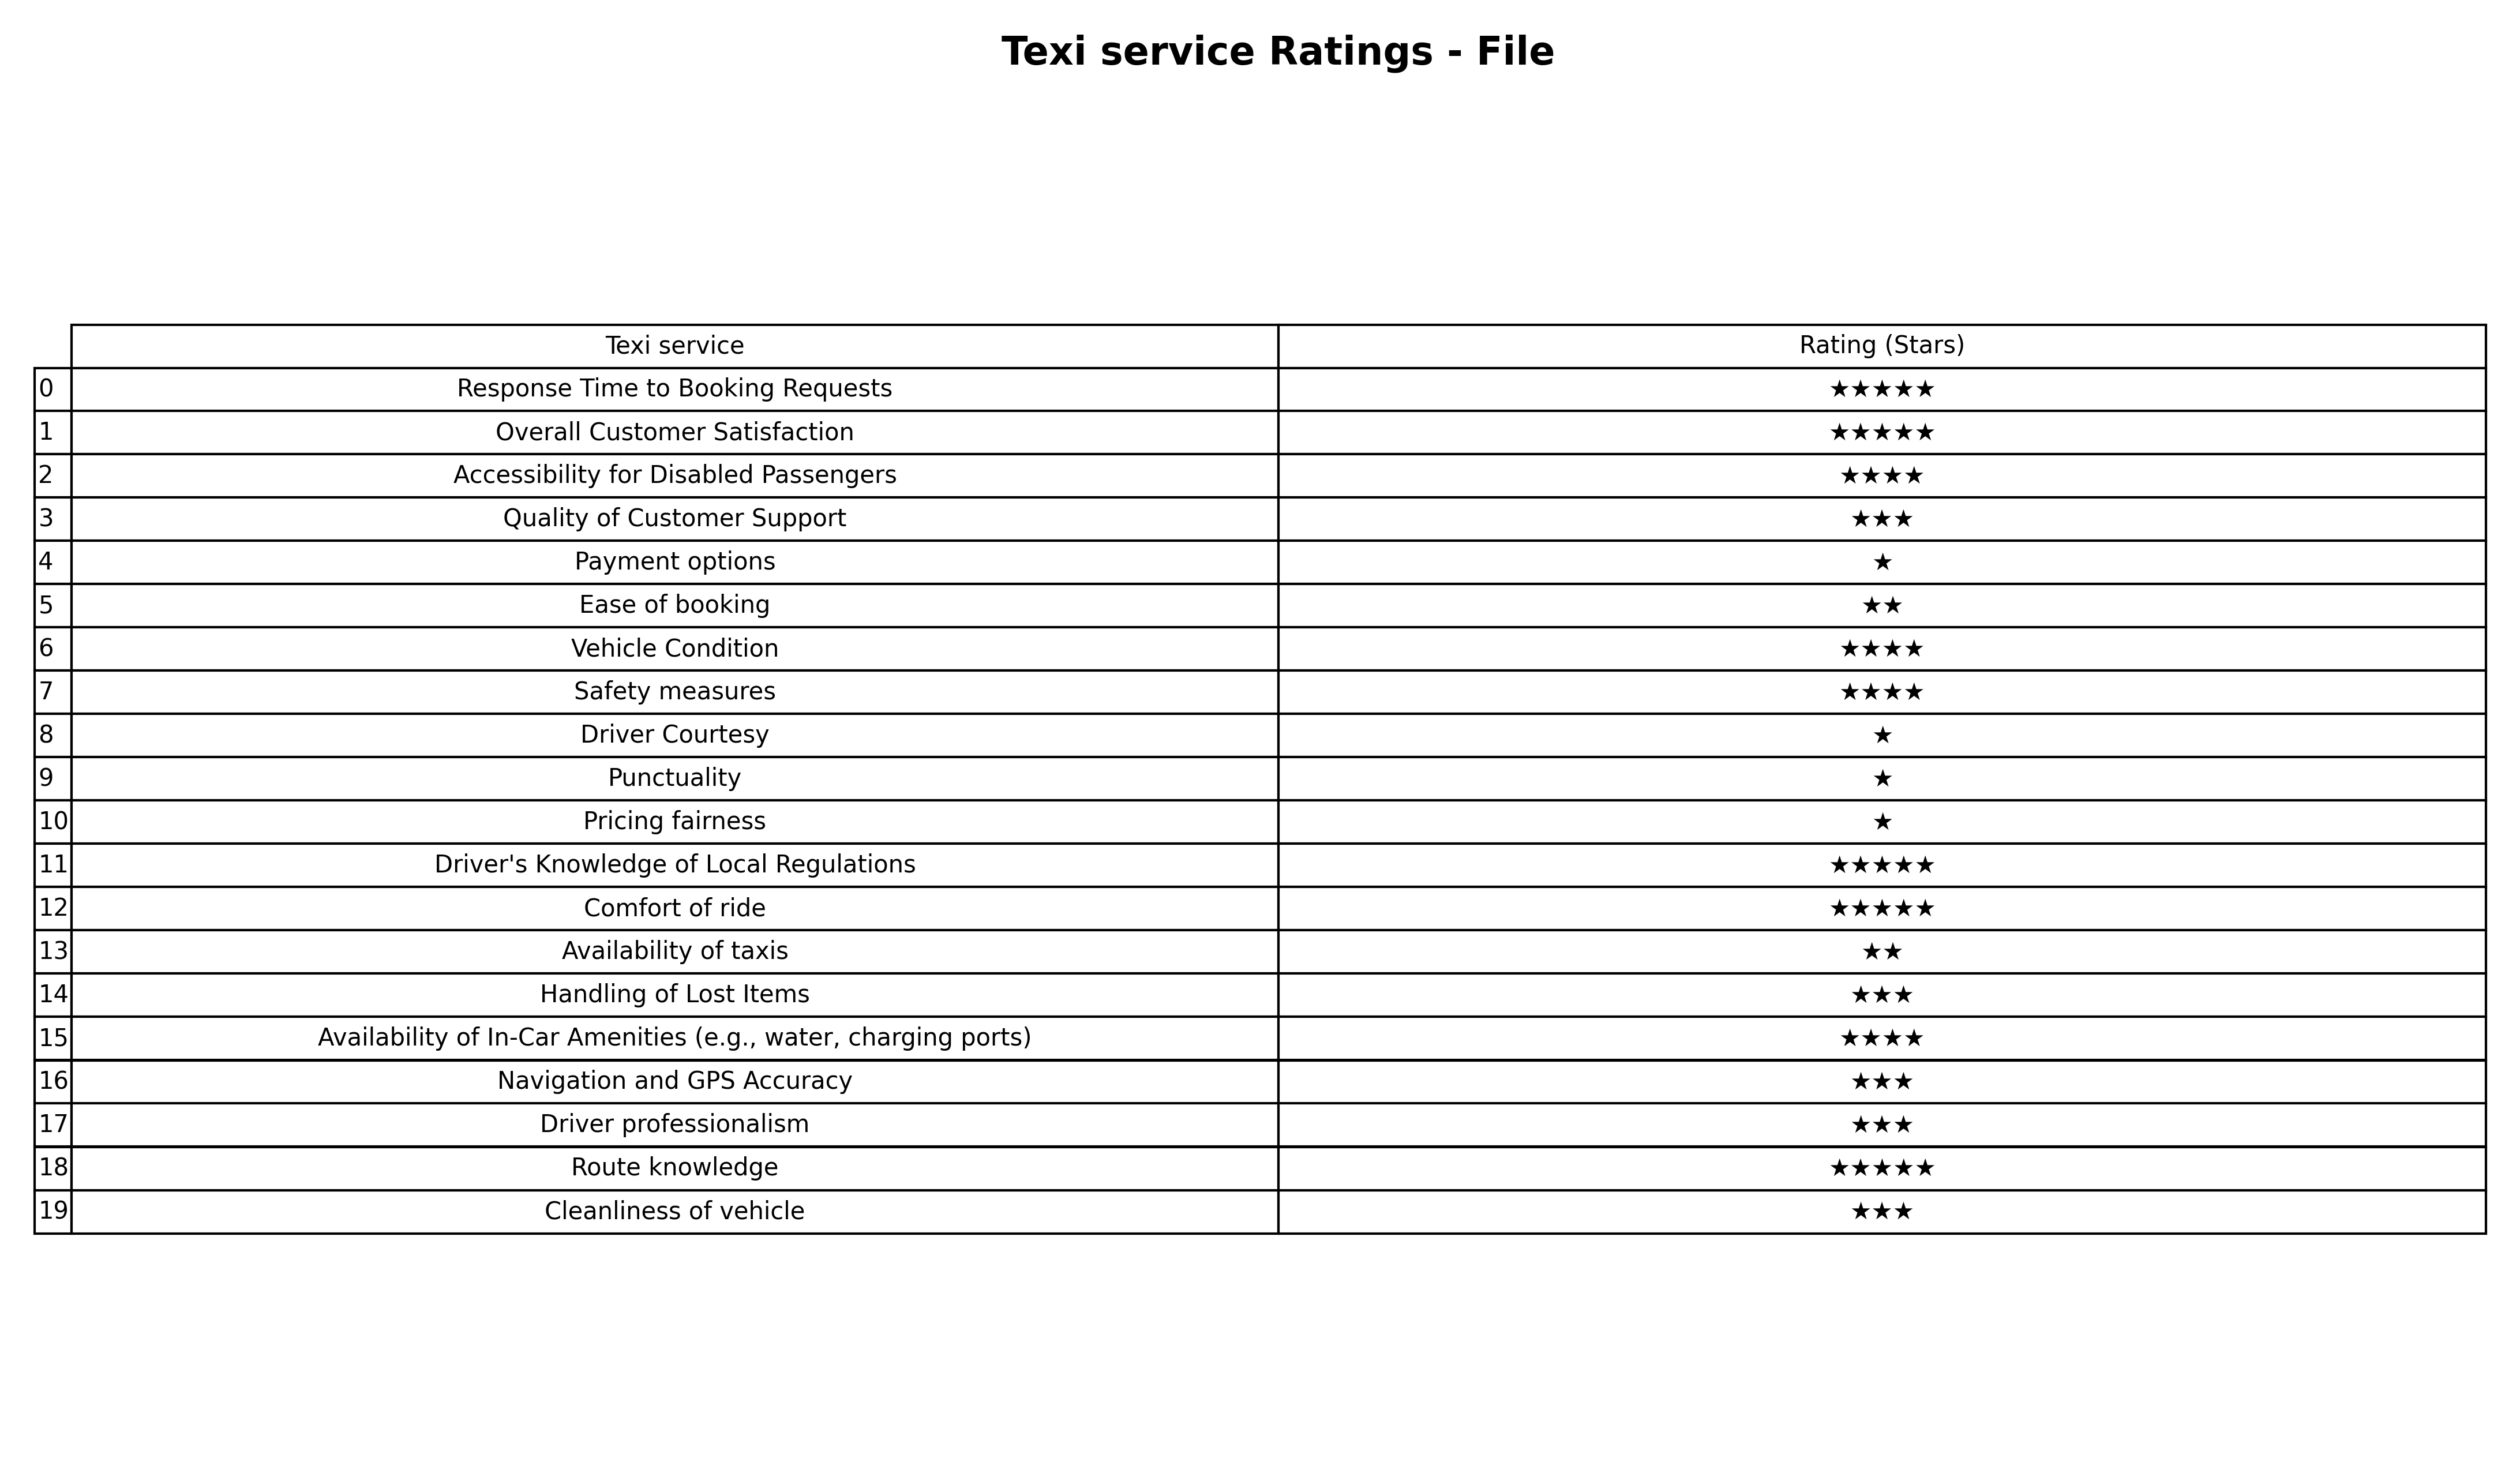
question: What is the rating of Handling of Lost Items?
answer: ★★★